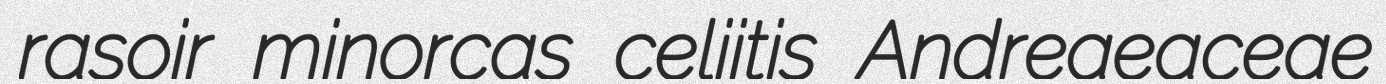
rasoir minorcas celiitis Andreaeaceae